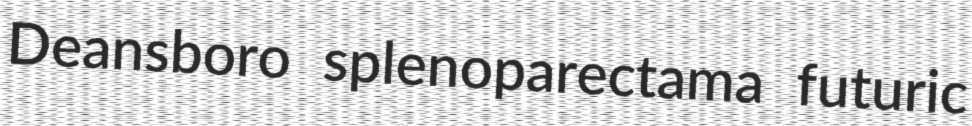
Deansboro splenoparectama futuric